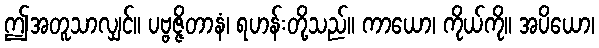
ဤအတူသာလျှင်။ ပဗ္ဗဇ္ဇိတာနံ၊ ရဟန်းတို့သည်။ ကာယော၊ ကိုယ်ကို။ အပိယော၊